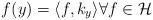
LaTeX: \begin{align*} f(y) = \langle f, k_y\rangle \forall f \in \mathcal{H} \\\end{align*}